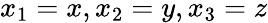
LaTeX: x_{1}=x,x_{2}=y,x_{3}=z